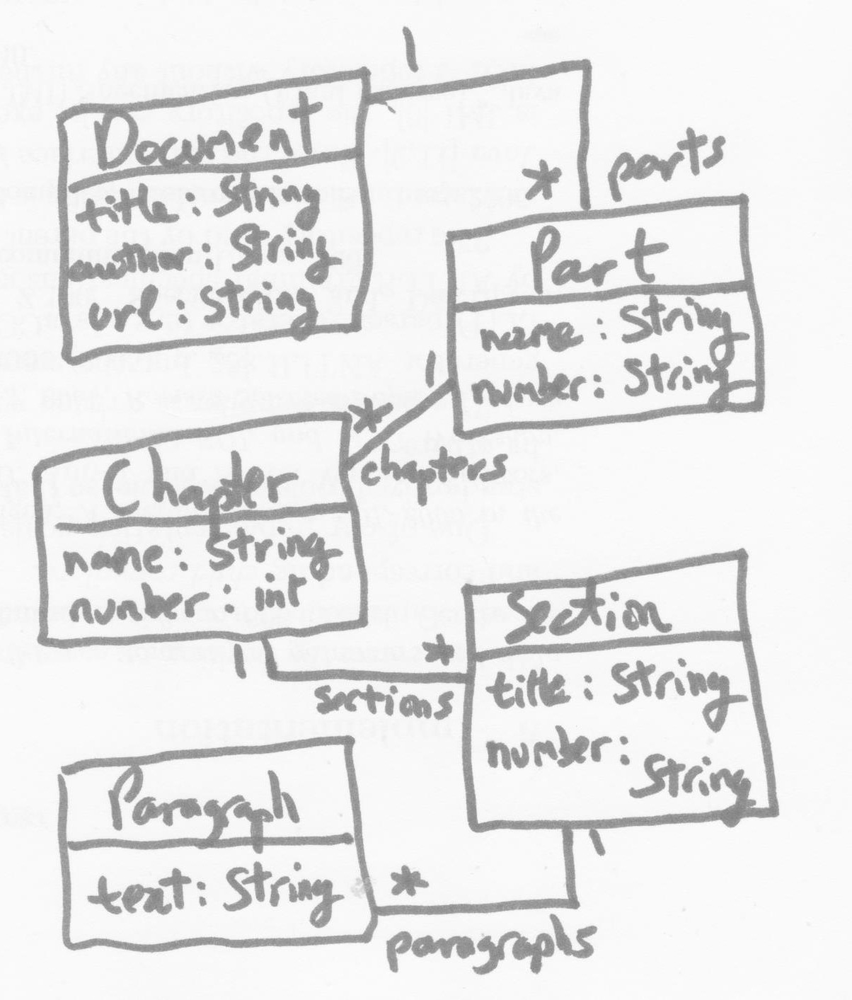
Diagram type: class_diagram
```plantuml
@startuml

class Document {
  title: String
  author: String
  url: String
}

class Part {
  name: String
  number: String
}

class Chapter {
  name: String
  number: int
}

class Section {
  title: String
  number: String
}

class Paragraph {
  text: String
}

Document "1" -- "parts *" Part
Part "1" -- "chapters *" Chapter
Chapter "1" -- "sections *" Section
Section "1" -- "paragraphs *" Paragraph

@enduml
```